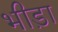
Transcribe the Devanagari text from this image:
भीड़ा